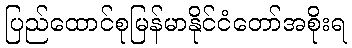
ပြည်ထောင်စုမြန်မာနိုင်ငံတော်အစိုးရ